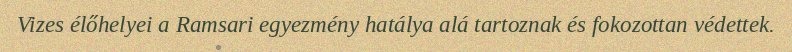
Vizes élőhelyei a Ramsari egyezmény hatálya alá tartoznak és fokozottan védettek.